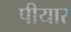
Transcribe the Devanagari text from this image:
पीयार